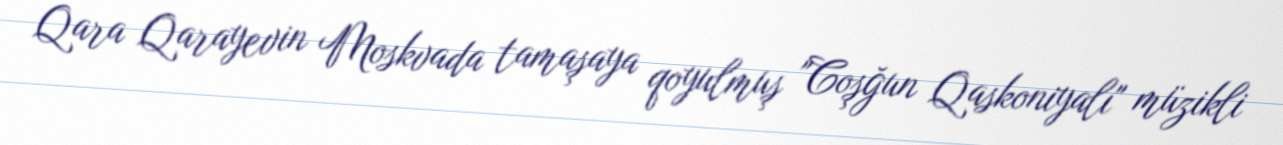
Qara Qarayevin Moskvada tamaşaya qoyulmuş "Coşğun Qaskoniyalı" müzikli